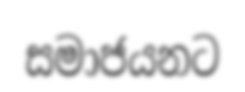
සමාජයනට